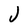
Character: j